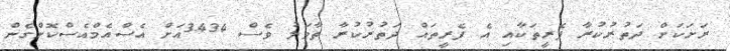
ރަށަކަށް ދަތުރުކުރާ ފެރީތަކާއި އެ ފެރީތައް ދަތުރުކުރާ ތާވަލު ވެސް 3434އަށް އެސްއެމްއެސްކޮށްގެން